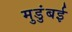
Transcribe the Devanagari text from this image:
मुडुंबई